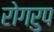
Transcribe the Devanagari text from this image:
रोगरुप